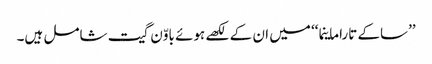
’’ساکے تاراماینما‘‘ میں ان کے لکھے ہوئے باوّن گیت شامل ہیں۔